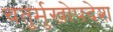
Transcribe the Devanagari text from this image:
चतुर्मुखोपदेश